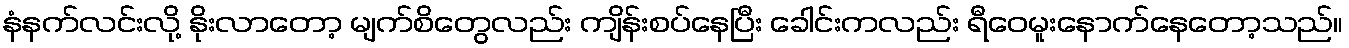
နံနက်လင်းလို့ နိုးလာတော့ မျက်စိတွေလည်း ကျိန်းစပ်နေပြီး ခေါင်းကလည်း ရီဝေမူးနောက်နေတော့သည်။